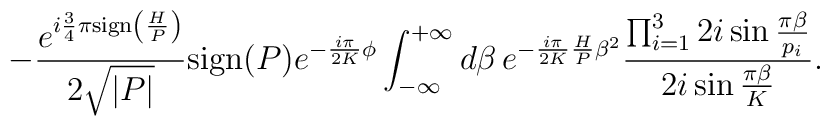
-\frac{e^{i\frac{3}{4}\pi{\rm sign}\left(\frac{H}{P}\right)}}{2\sqrt{|P|}}{\rm sign}(P)e^{-\frac{i\pi}{2K}\phi}\int_{-\infty}^{+\infty}d\beta\,e^{-\frac{i\pi}{2K}\frac{H}{P}\beta^{2}}\frac{\prod_{i=1}^{3}2i\sin\frac{\pi\beta}{p_{i}}}{2i\sin\frac{\pi\beta}{K}}.